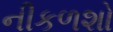
નીકળશો